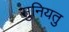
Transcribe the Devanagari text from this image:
सुनियतु